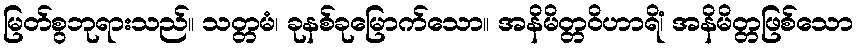
မြတ်စွဘုရားသည်။ သတ္တမံ၊ ခုနစ်ခုမြောက်သော။ အနိမိတ္တဝိဟာရိံ၊ အနိမိတ္တဖြစ်သော